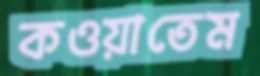
কওয়াতেম